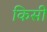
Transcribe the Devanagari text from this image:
किसी